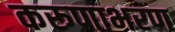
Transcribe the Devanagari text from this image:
करूणाभरण